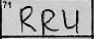
Transcription: RRU